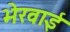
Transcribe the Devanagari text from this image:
भेरवाई